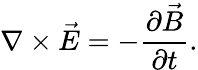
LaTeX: \nabla\times{\vec{E}}=-\frac{\partial\vec{B}}{\partial t}.